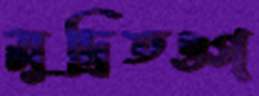
মুদ্রিতওগ্